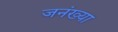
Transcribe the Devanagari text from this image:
जनंख्या